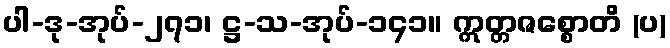
ပါ-ဒု-အုပ်-၂၇၁၊ ဋ္ဌ-သ-အုပ်-၁၄၁။ ဣတ္တဇစ္စောတိ (ပ)